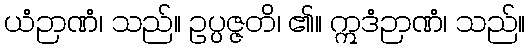
ယံဉာဏံ၊ သည်။ ဥပ္ပဇ္ဇတိ၊ ၏။ ဣဒံဉာဏံ၊ သည်။